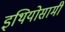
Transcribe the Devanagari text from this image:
इथियोसामी